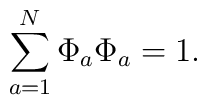
\sum_{ {a }=1}^{ N} \Phi_{a} \Phi_{a} =1.